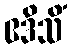
ဧဒိသိံ